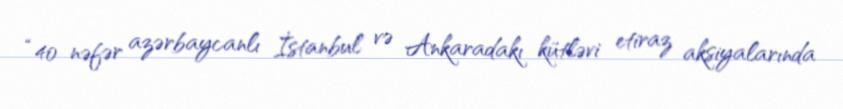
“40 nəfər azərbaycanlı İstanbul və Ankaradakı kütləvi etiraz aksiyalarında